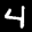
Label: 4